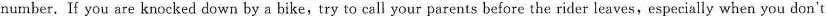
number. If you are knocked down by a bike,try to call your parents before the rider leaves,especially when you don't